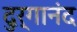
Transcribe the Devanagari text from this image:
दुर्गानंद